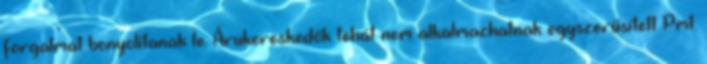
forgalmat bonyolítanak le. Árukereskedők tehát nem alkalmazhatnak egyszerűsített Pmt.